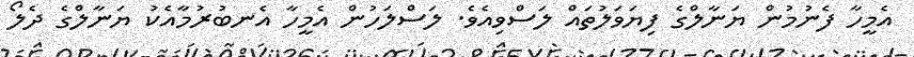
އެމީހާ ފެނުމުން ޔަނާލްގެ ފިޔަވަލުތައް ލަސްވިއެވެ. ލަސްލަހުން އެމީހާ އެނބުރުމާއެކު ޔަނާލްގެ ދެލޯ